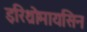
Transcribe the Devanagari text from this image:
इरिथ्रोमायसिन